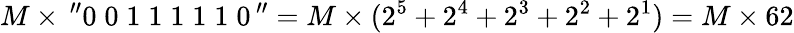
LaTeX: M\times\, ^{\prime\prime}0\; 0\; 1\; 1\; 1\; 1\; 1\; 0\, ^{\prime\prime}=M\times(2^{5}+2^{4}+2^{3}+2^{2}+2^{1})=M\times 62